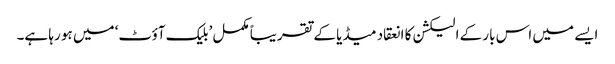
ایسے میں اس بار کے الیکشن کا انعقاد میڈیا کے تقریباً مکمل ’بلیک آؤٹ‘ میں ہو رہا ہے۔